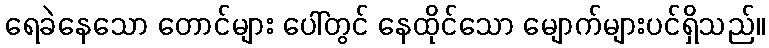
ရေခဲနေသော တောင်များ ပေါ်တွင် နေထိုင်သော မျောက်များပင်ရှိသည်။